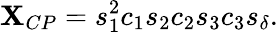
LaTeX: \mathbf{X}_{CP}=s_{1}^{2}c_{1}s_{2}c_{2}s_{3}c_{3}s_{\delta}.